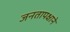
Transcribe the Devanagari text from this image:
जनतापक्षाने